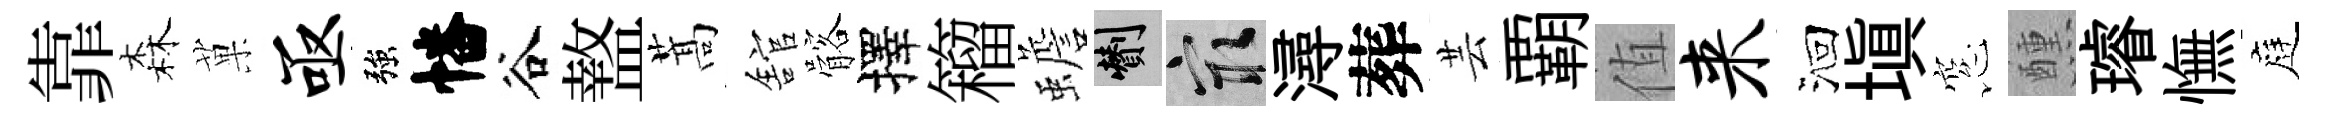
靠森菓亟強幡谷盩蒿舘髂擇籕蟾剪冣潯葬芸覇值来洄塡窓醺璿憮庭